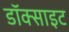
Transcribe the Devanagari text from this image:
डॉक्साइट